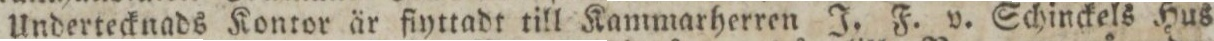
Undertecknads Kontor är fiyttadt till Kammarherren J. F. v. Schinckels Hus